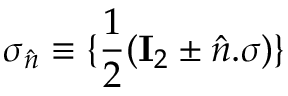
\sigma _ { \hat { n } } \equiv \{ \frac { 1 } { 2 } ( \mathbf { I } _ { 2 } \pm \hat { n } . \sigma ) \}